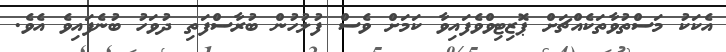
އެކަކު މަސްތުވާތަކެއްޗަށް ޕޮޒިޓިވްވެފައިވާ ކަމަށް ވެސް ފުލުހުން ބުރާސްފަތި ދުވަހު ބުނެފައިވެ އެވެ.